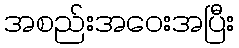
အစည်းအဝေးအပြီး